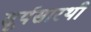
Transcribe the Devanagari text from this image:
सूर्यसारथी